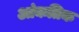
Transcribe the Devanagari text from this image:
आंकतिक